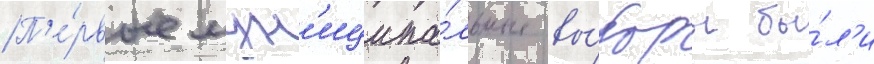
П'е́рвые мун'иципа́льные вы́боры бы́л'и